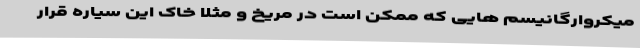
میکروارگانیسم هایی که ممکن است در مریخ و مثلاً خاک این سیاره قرار